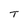
Character: T